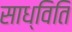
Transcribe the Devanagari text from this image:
साध्विति